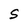
Character: S